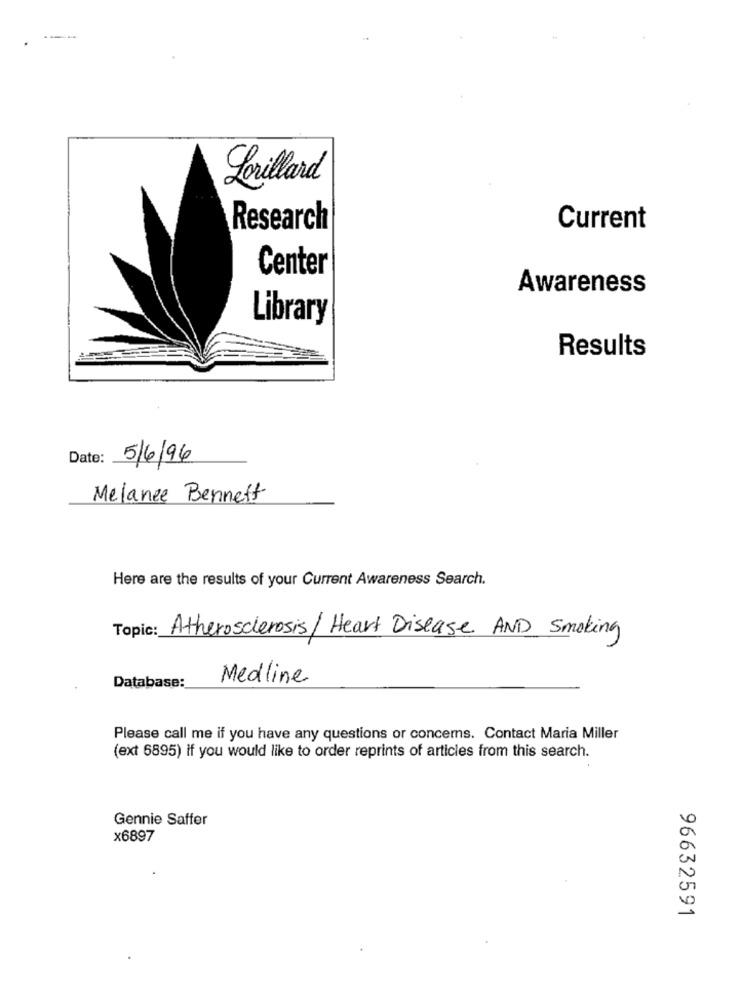
Lorillard
Research
Current
Center
Awareness
Library
Results
Date:
5/6/96
Melanee Bennett
Here are the results of your Current Awareness Search.
Topic: Atherosclerosis/ Heart Disease AND Smoking
Medline
Database:
Please call me if you have any questions or concerns. Contact Maria Miller
(ext 6895) if you would like to order reprints of articles from this search.
Gennie Saffer
x6897
96632591